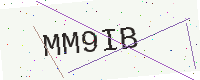
Text: MM9IB